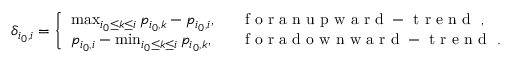
\delta _ { i _ { 0 } , i } = \left\{ \begin{array} { l l } { \operatorname* { m a x } _ { i _ { 0 } \leq k \leq i } p _ { i _ { 0 } , k } - p _ { i _ { 0 } , i } , } & { \mathrm { ~ \textrm ~ { ~ f ~ o ~ r ~ a ~ n ~ u ~ p ~ w ~ a ~ r ~ d ~ - ~ t ~ r ~ e ~ n ~ d ~ } ~ } , } \\ { p _ { i _ { 0 } , i } - \operatorname* { m i n } _ { i _ { 0 } \leq k \leq i } p _ { i _ { 0 } , k } , } & { \mathrm { ~ \textrm ~ { ~ f ~ o ~ r ~ a ~ d ~ o ~ w ~ n ~ w ~ a ~ r ~ d ~ - ~ t ~ r ~ e ~ n ~ d ~ } ~ . ~ } } \end{array} \right.